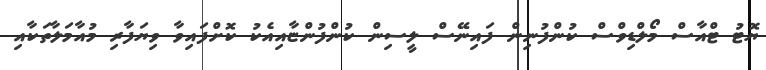
ޔޮޓު ޓްއާސް މޯލްޑިވްސް ކުންފުނިން ފައިނޭސް ލީސިން ކުންފުންޏާއިއެކު ކޮށްފައިވާ ވިޔަފާރި މުއާމަލާތަކާއި